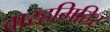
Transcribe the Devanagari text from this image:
वारहमिहिर